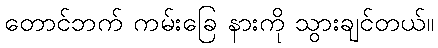
တောင်ဘက် ကမ်းခြေ နားကို သွားချင်တယ်။